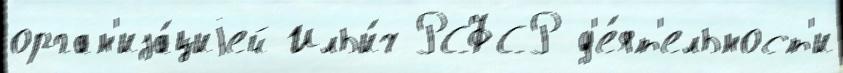
орган'иза́циjей Ильи́ч РСФСР д'е́ят'ельност'и